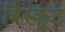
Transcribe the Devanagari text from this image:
बिस्कूट